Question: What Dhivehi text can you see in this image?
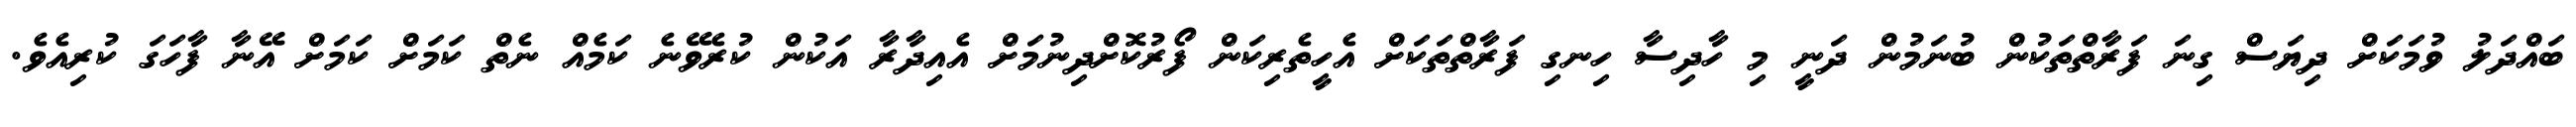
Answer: ބައްދަލު ވުމަކަށް ދިޔަސް ގިނަ ފަރާތްތަކުން ބުނަމުން ދަނީ މި ހާދިސާ ހިނގި ފަރާތްތަކަށް އެހީތެރިކަން ފޯރުކޮށްދިނުމަށް އެއިދާރާ އަކުން ކުރެވޭނެ ކަމެއް ނެތް ކަމަށް ކަމަށް އޭނާ ފާހަގަ ކުރިއެވެ.